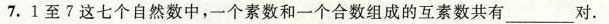
7.1至7这七个自然数中，一个素数和一个合数组成的互素数共有___对。